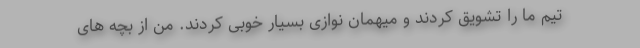
تیم ما را تشویق کردند و میهمان نوازی بسیار خوبی کردند. من از بچه های